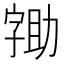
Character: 𭓖